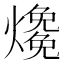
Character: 𤑑